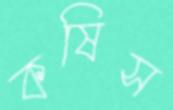
কষিস